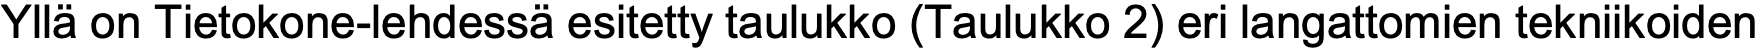
Yllä on Tietokone-lehdessä esitetty taulukko (Taulukko 2) eri langattomien tekniikoiden